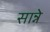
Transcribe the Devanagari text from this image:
सान्ने